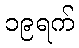
၁၉ရက်